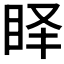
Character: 𱲮